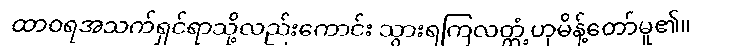
ထာဝရအသက်ရှင်ရာသို့လည်းကောင်း သွားရကြလတ္တံ့ဟုမိန့်တော်မူ၏။